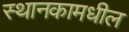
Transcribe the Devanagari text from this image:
स्थानकामधील